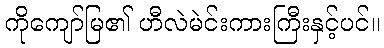
ကိုကျော်မြ၏ ဟီလဲမဲင်းကားကြီးနှင့်ပင်။